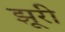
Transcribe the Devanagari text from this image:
झूरी